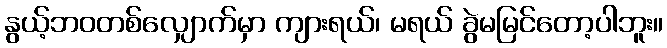
နွယ့်ဘဝတစ်လျှောက်မှာ ကျားရယ်၊ မရယ် ခွဲမမြင်တော့ပါဘူး။